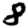
Digit: 8